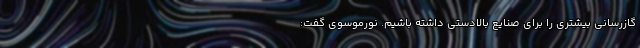
گازرسانی بیشتری را برای صنایع بالادستی داشته باشیم. نورموسوی گفت: